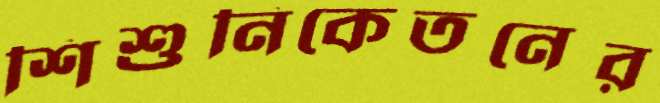
শিশুনিকেতনের